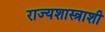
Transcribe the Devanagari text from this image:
राज्यशास्त्राशी